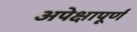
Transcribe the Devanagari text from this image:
अपेक्षापूर्ण